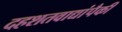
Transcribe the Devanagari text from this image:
दहशतवाद्यांपैकी